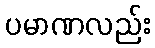
ပမာဏလည်း